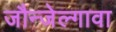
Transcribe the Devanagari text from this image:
जौन्जेल्गावा